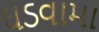
ઘડવામા